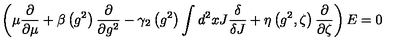
\left( \mu \frac { \partial } { \partial \mu } + \beta \left( g ^ { 2 } \right) \frac { \partial } { \partial g ^ { 2 } } - \gamma _ { 2 } \left( g ^ { 2 } \right) \int d ^ { 2 } x J \frac { \delta } { \delta J } + \eta \left( g ^ { 2 } , \zeta \right) \frac { \partial } { \partial \zeta } \right) E = 0